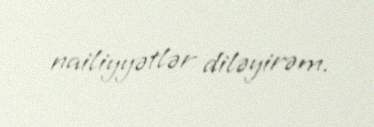
nailiyyətlər diləyirəm.